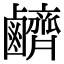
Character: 𪊆